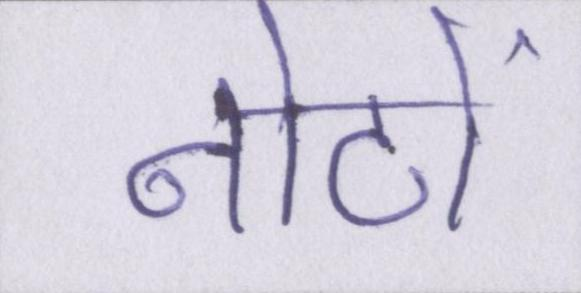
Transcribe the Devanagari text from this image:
नोटों